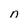
Character: n